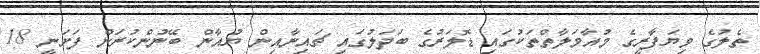
ތެލުގެ ވިޔަފާރީގެ މުއާމަލާތްތަކުގައި ޑޮލަރުގެ ބަދަލުގައި ޗައިނާއިން ޔުއާން ބޭނުންކުރަން ފަށަނީ 18